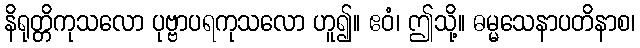
နိရုတ္တိကုသလော ပုဗ္ဗာပရကုသလော ဟူ၍။ ဧဝံ၊ ဤသို့။ ဓမ္မသေနာပတိနာစ၊